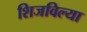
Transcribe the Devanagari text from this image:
शिजविल्या